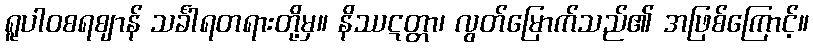
ရူပါဝစရဈာန် သင်္ခါရတရားတို့မှ။ နိဿဋတ္တာ၊ လွတ်မြောက်သည်၏ အဖြစ်ကြောင့်။